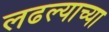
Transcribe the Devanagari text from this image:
लढल्याच्या